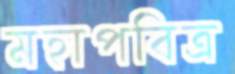
মহাপবিত্র